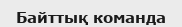
Байттық команда